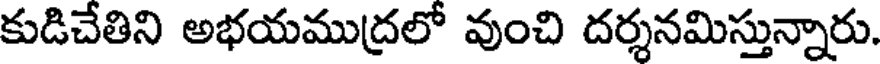
కుడిచేతిని అభయముద్రలో వుంచి దర్శనమిస్తున్నారు.